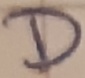
Text: D